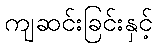
ကျဆင်းခြင်းနှင့်